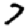
Digit: 7